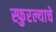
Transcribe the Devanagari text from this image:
स्फुरल्याचे